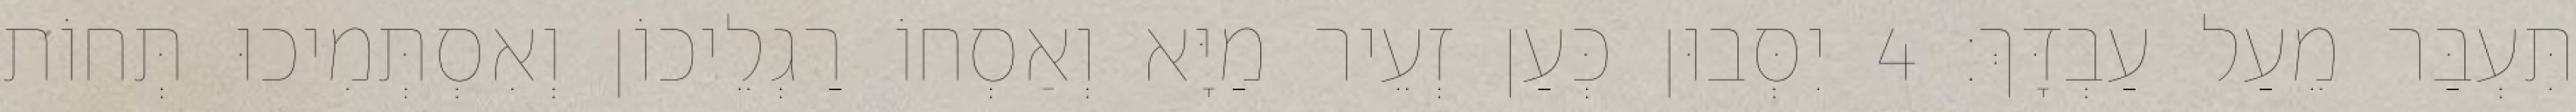
תִּעְבַּר מֵעַל עַבְדָּךְ׃ 4 יִסְּבוּן כְּעַן זְעֵיר מַיָּא וְאַסְחוֹ רַגְלֵיכוֹן וְאִסְתְּמִיכוּ תְּחוֹת